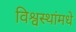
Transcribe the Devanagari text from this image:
विश्वस्थांमधे